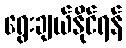
ရွေးချယ်နိုင်ရန်